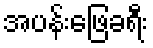
အပန်းဖြေခရီး